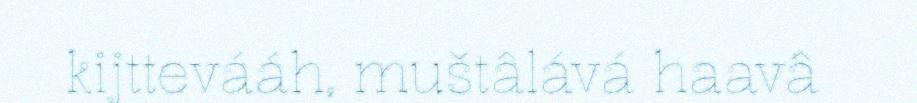
kijttevááh, muštâlává haavâ